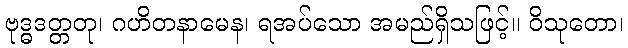
ဗုဒ္ဓဒတ္တတု၊ ဂဟိတနာမေန၊ ရအပ်သော အမည်ရှိသဖြင့်။ ဝိသုတော၊